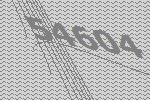
54604